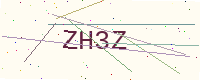
Text: ZH3Z